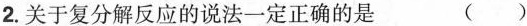
2.关于复分解反应的说法一定正确的是 ( )